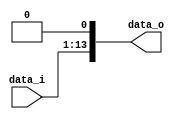
module Shift_Left_one_extend( data_i, data_o );

//I/O ports                    
input  [13-1:0] data_i;
output [14-1:0] data_o;
wire   [14-1:0] data_o;

//shift left
assign data_o = {data_i, 1'b0};

endmodule